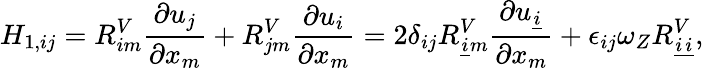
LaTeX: H_{1,ij}=R_{im}^{V}\frac{\partial u_{j}}{\partial x_{m}}+R_{jm}^{V}\frac{\partial u_{i}}{\partial x_{m}}=2\delta_{ij}R_{\underline{{i}}m}^{V}\frac{\partial u_{\underline{{i}}}}{\partial x_{m}}+\epsilon_{ij}\omega_{Z}R_{\underline{{i}}\underline{{i}}}^{V},